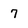
Character: 7